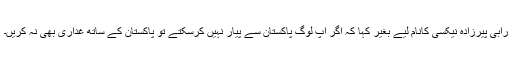
رابی پیرزادہ نیکسی کانام لیے بغیر کہا کہ اگر آپ لوگ پاکستان سے پیار نہیں کرسکتے تو پاکستان کے ساتھ غداری بھی نہ کریں۔